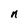
Character: n